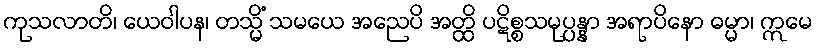
ကုသလာတိ၊ ယေဝါပန၊ တသ္မိံ သမယေ အညေပိ အတ္ထိ ပဋိစ္စသမုပ္ပန္နာ အရာပိနော ဓမ္မာ၊ ဣမေ